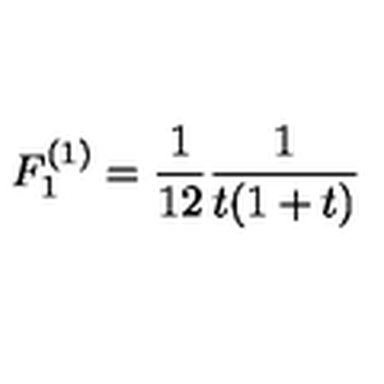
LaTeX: F _ { 1 } ^ { ( 1 ) } = { \frac { 1 } { 1 2 } } { \frac { 1 } { t ( 1 + t ) } }